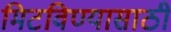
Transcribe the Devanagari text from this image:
मिटविण्यासाठी